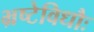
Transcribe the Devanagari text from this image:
भ्रष्टेविधौः